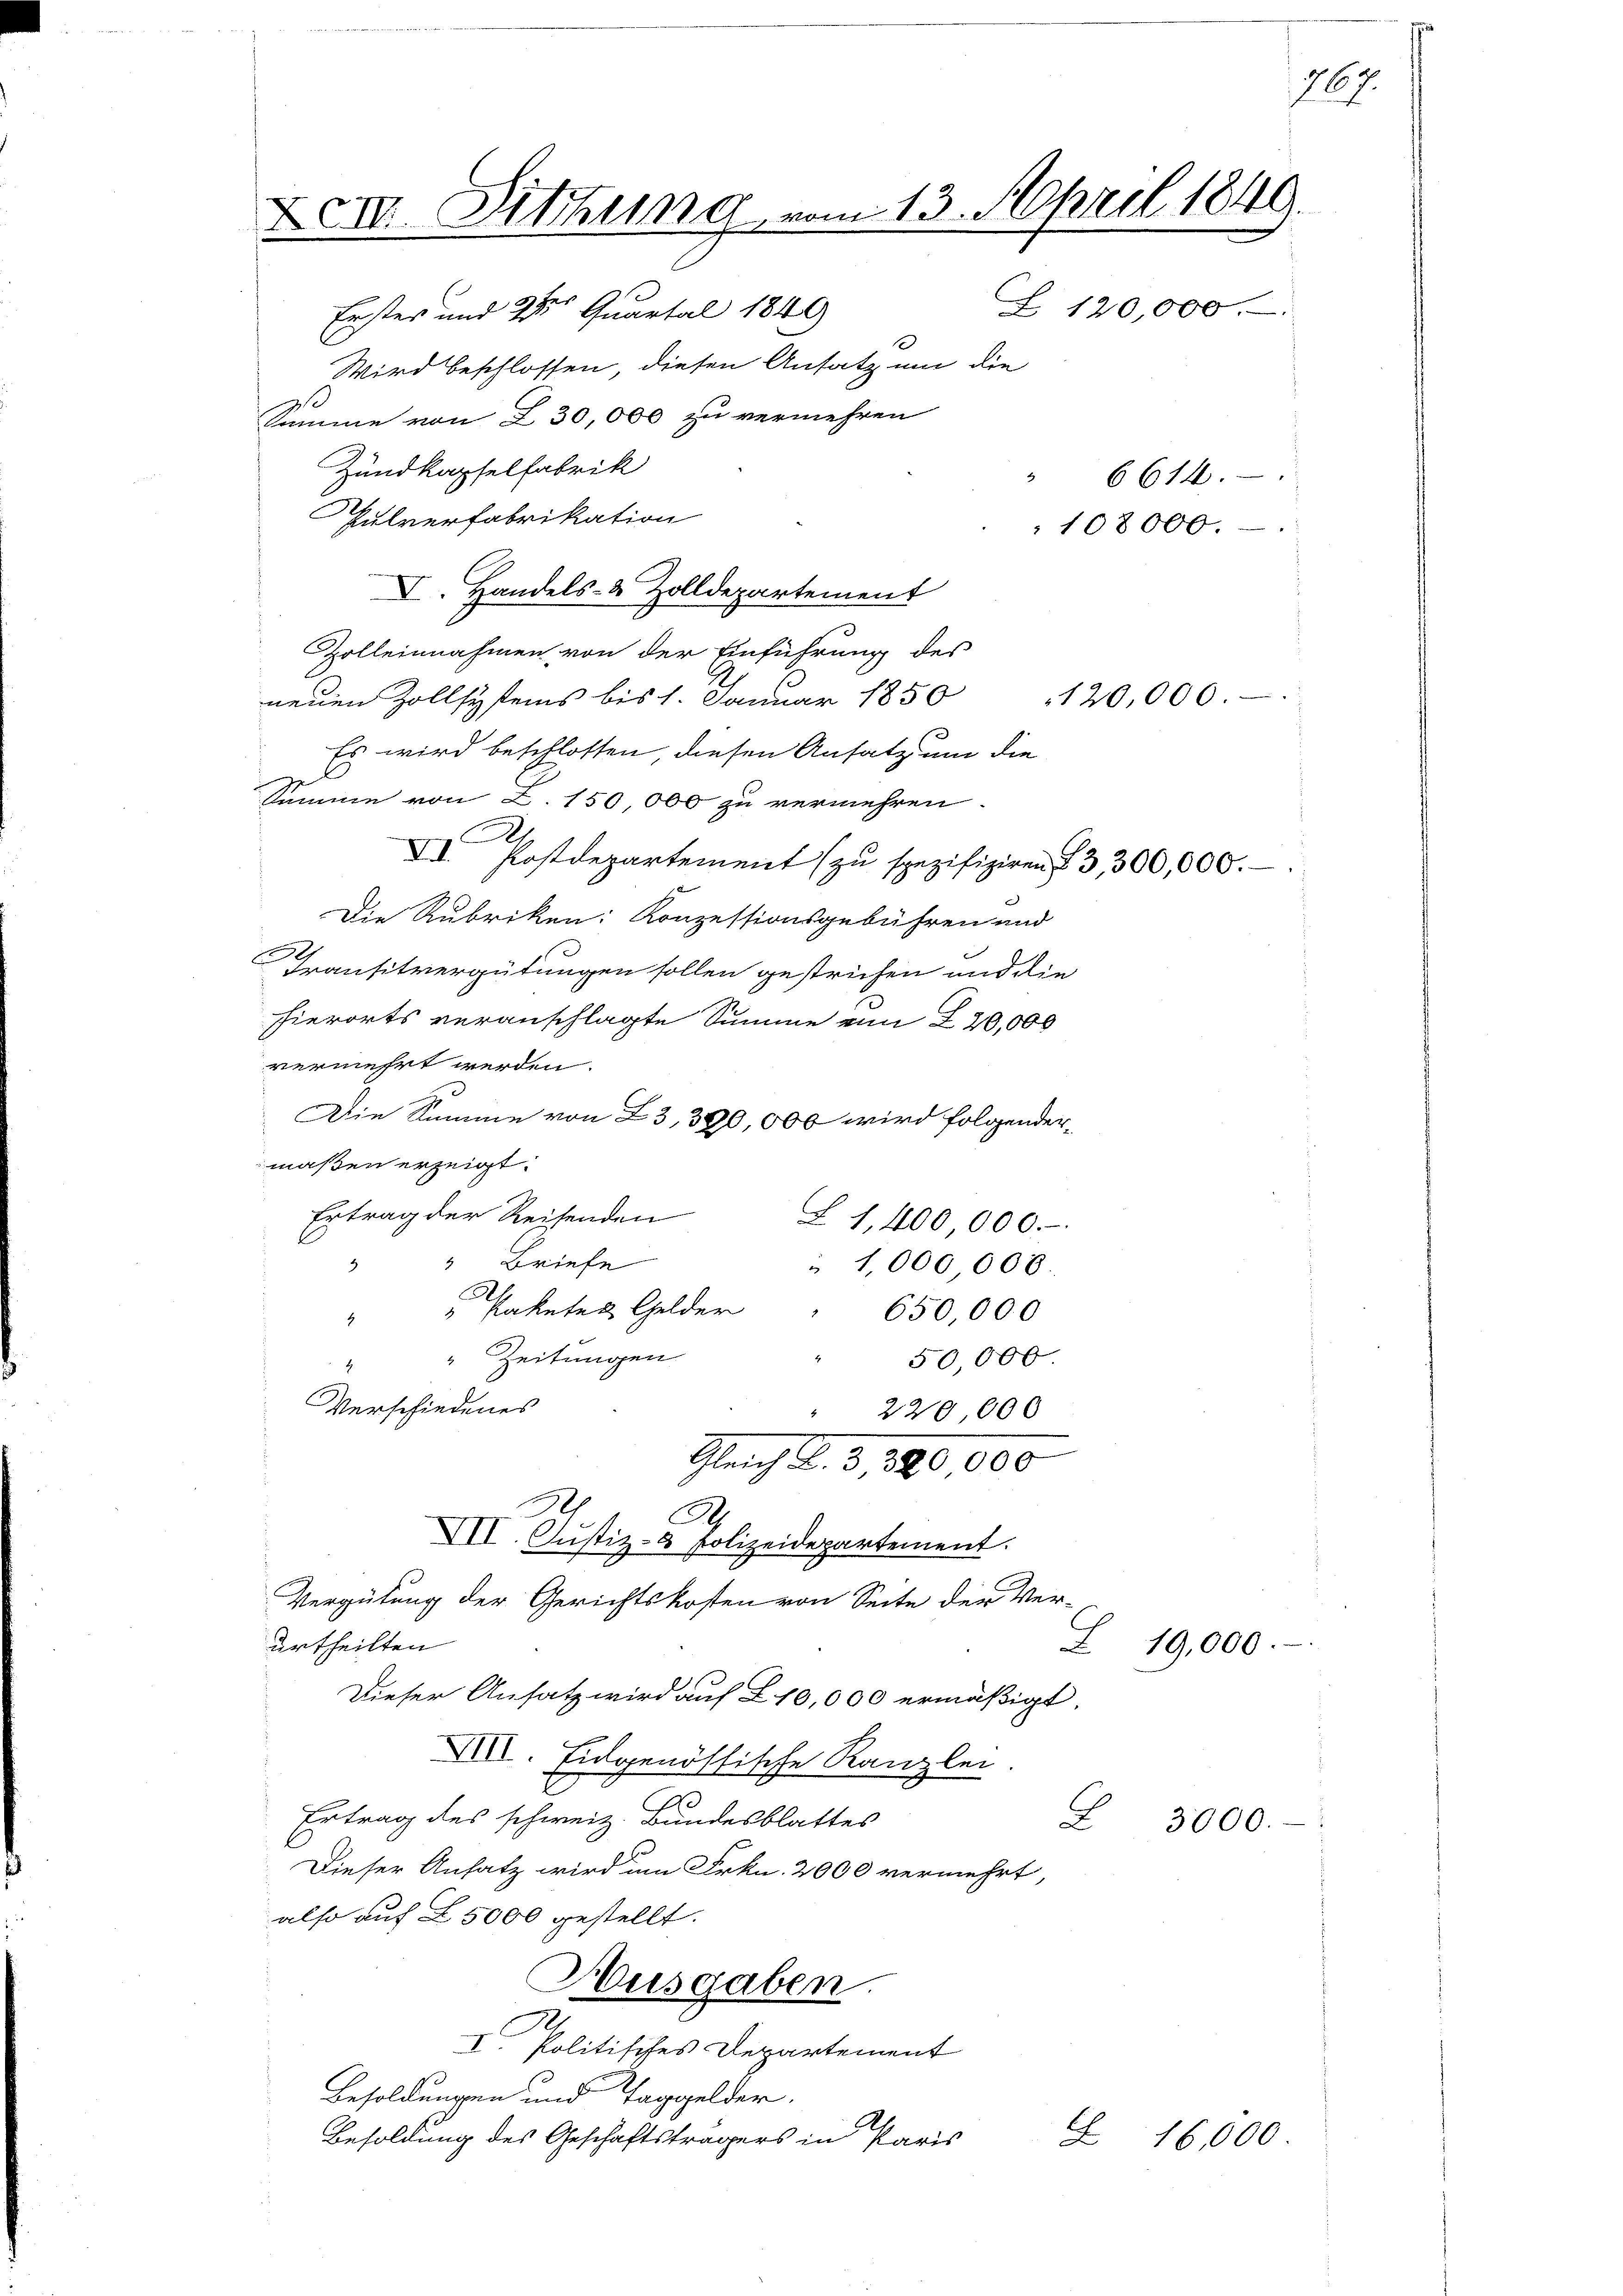
XIII. Sitzung vom 13. April 1849.
Erstes und 2t Quartal 1849
Wird beschlossen, diesen Ansatz um die
Summe von Z 30,000 zu vermehren
Zundkapselfabrik
6614.
Pulverfabrikation
108000.-

V. Handels- & Zolldepartement

Zolleinnahmen von der Einführung des
neuen Zollsystems bis 1. Januar 1850
Es wird beschlossen, diesen Ansatz um die
Summe von Z. 150 000 zu vermehren.
.
C
VII. Postdepartement (zu spezifiziren 13, 300,000.
Die Rubriken: Konzessionsgebühren und
Transitvergütungen sollen gestrichen und die
hierorts veranschlagte Summe ein Z 20,000
vermehrt werden.
Die Summe von 23, 390,000 wird folgendermaßen erzeigt.
Ertrag der Reisenden
L 1,400 000.
 " Briefe
"1,000 006.
Paketes Gelder
650,000
4
 Zeitungen
50000
E
Verschiedenes
220,000
.
Gleich L. 3380000
A
VII. Justiz- & Polizeidepartement.
Vergütung der Gerichtskosten von Seite der Verurtheilten
Dieser Ansatz wird auf § 10,000 ermäßigt
XVII. Eidgenössische Kanzlei.
1
Ertrag des schweiz. Bundesblattes
2
Dieser Ansatz wird um Frkn. 2000 vermehrt,
also auf Z. 5000 gestellt.
Ausgaben.
I. Politisches Departement
Besoldungen und Taggelder,
Besoldung des Geschäftsträgers in Paris
E

120,000.

Z 120,000.

Z 19,000.

3000.-

16,000

767.